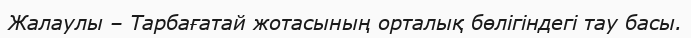
Жалаулы – Тарбағатай жотасының орталық бөлігіндегі тау басы.